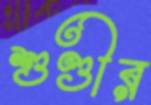
শুণ্ডীর